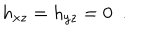
h _ { x z } = h _ { y z } = 0 \ \ .